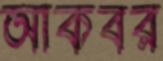
আকবর